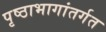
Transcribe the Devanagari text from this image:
पृष्ठाभागांतर्गत